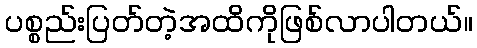
ပစ္စည်းပြတ်တဲ့အထိကိုဖြစ်လာပါတယ်။